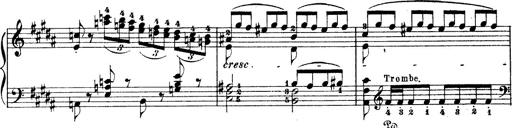
Title: Wagner-Liszt Album
Composer: Franz Liszt